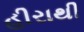
હીરાથી